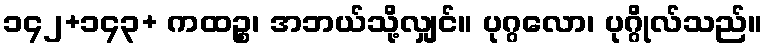
၁၄၂+၁၄၃+ ကထဉ္စ၊ အဘယ်သို့လျှင်။ ပုဂ္ဂလော၊ ပုဂ္ဂိုလ်သည်။